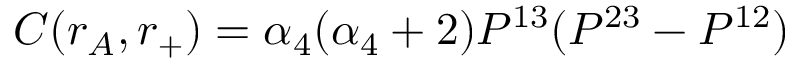
C ( r _ { A } , r _ { + } ) = \alpha _ { 4 } ( \alpha _ { 4 } + 2 ) P ^ { 1 3 } ( P ^ { 2 3 } - P ^ { 1 2 } )